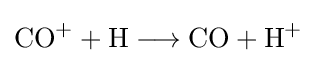
{\mathrm {CO} {\vphantom {A}}^{+}{}+{}\mathrm {H} {}\mathrel {\longrightarrow } {}\mathrm {CO} {}+{}\mathrm {H} {\vphantom {A}}^{+}}